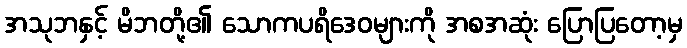
အသုဘနှင့် မိဘတို့၏ သောကပရိဒေဝများကို အစအဆုံး ပြောပြတော့မှ